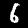
Label: 6